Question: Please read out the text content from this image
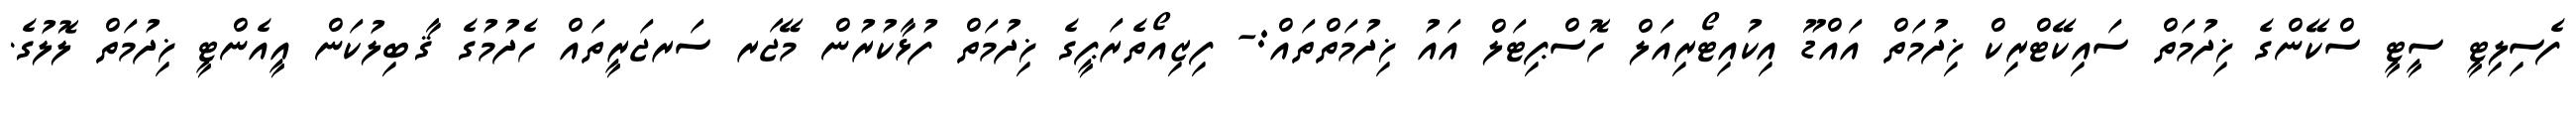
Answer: ފެސިލިޓީ ސީޓީ ސްކޭންގެ ޚިދުމަތް ސައިކޭޓްރިކް ޚިދުމަތް އައްޑޫ އިކުއިޓޯރިއަލް ހޮސްޕިޓަލް އައު ޚިދުމަތްތައް:- ފިޒިއޯތެރަޕީގެ ޚިދުމަތް ފުޅާކުރުން މޭޖަރ ސަރޖަރީތައް ހެދުމުގެ ޤާބިލުކަން އީއެންޓީ ޚިދުމަތް ލޮލުގެ.